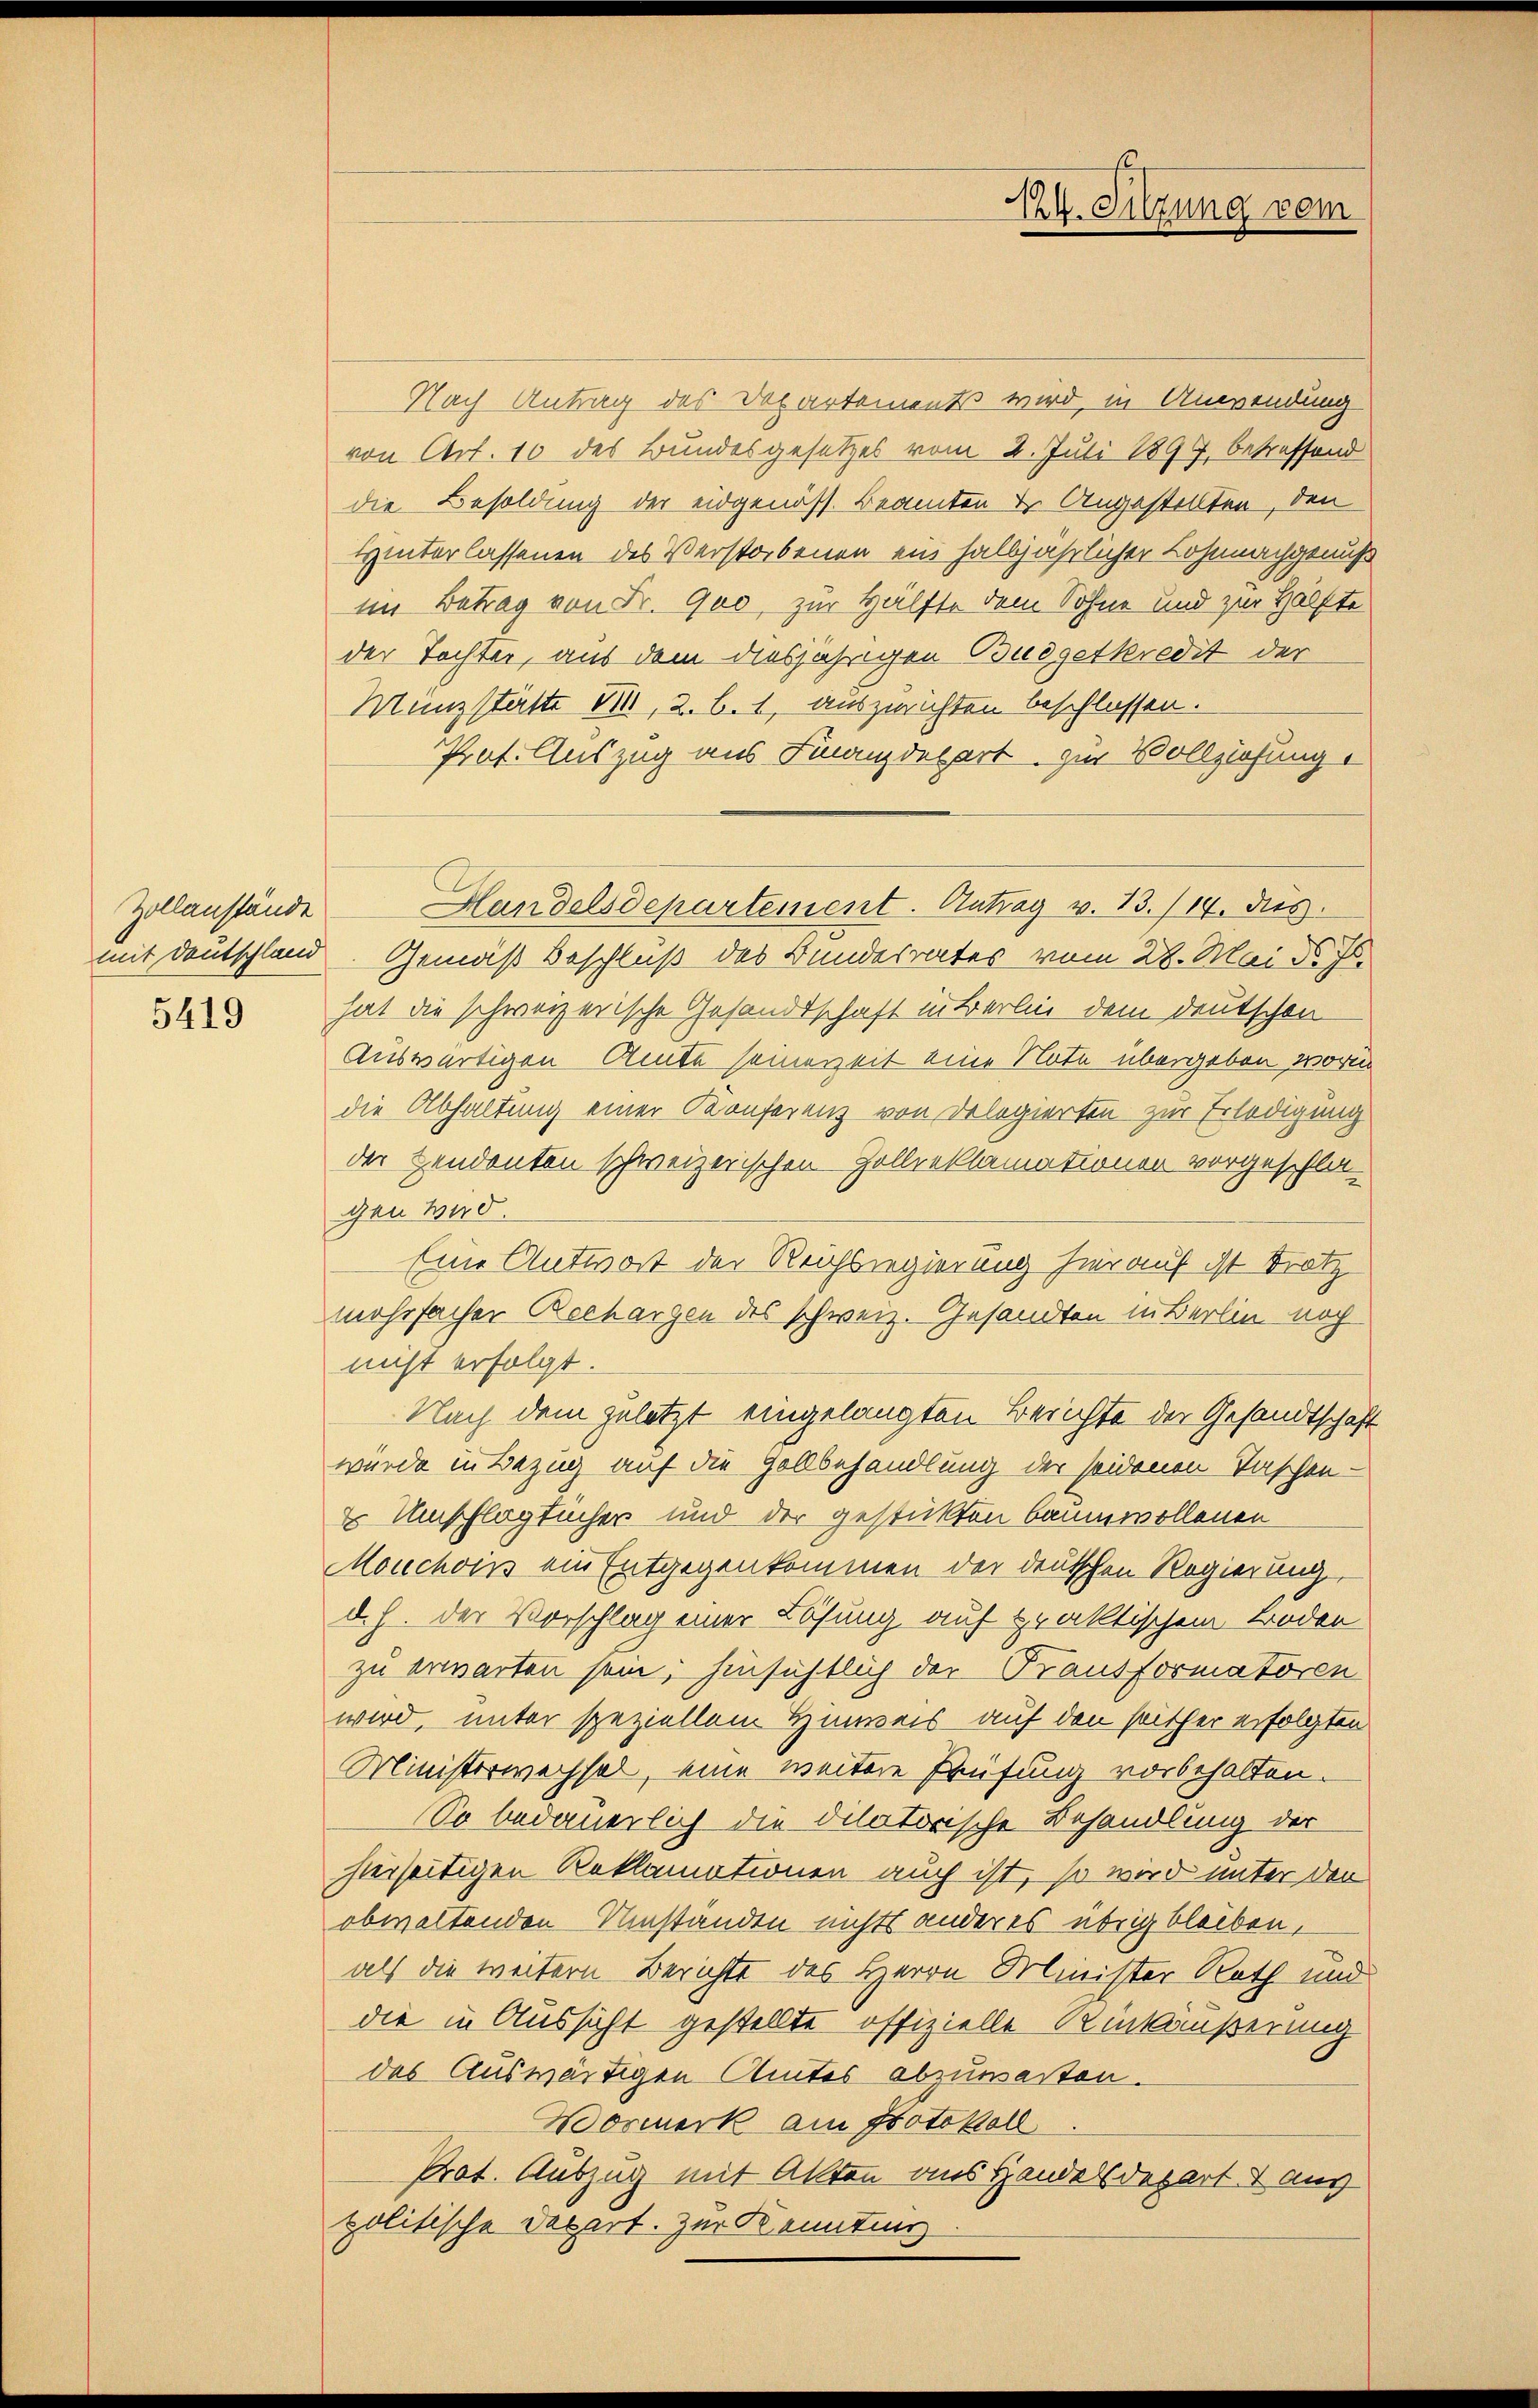
Zollanstände
mit Deutschland

5419

XV. Sitzung vom

Nach Antrag des Departement wird, in Anwendung
von Art. 10 des Bundesgesetzes vom 2. Juli 1897, betreffend
die Besoldung der eidgenöss. Beamten u. Angestellten, den
Hinterlassenen des Verstorbenen ein halbjährlicher Lohnnachgenuß
im Betrag von Dr. Quo, zur Hälfte dem Sohne und zur Hälfte
der Tochter, aus dem diesjährigen Budgetkredit der
Münzstätte 11, 2. B. 1, auszurichten beschlossen.
Prof. Auszug aus Finanzdepart zur Vollziehung.
Gemäß Beschluß des Bundesrates vom 28. Mai d. Js.
hat die schweizerische Gesandtschaft in Berlin dem Deutschen
Auswärtigen Amte seinerzeit eine Note übergeben worin
die Abhaltung einer Konferenz von Delegierten zur Erledigung
der Zendenten schweizerischen Zollreklamationen vorgeschla-
gen wird.
Eine Antwort der Reichsregierung hierauf ist Trotz
mehrfacher Rechargen des schweiz. Gesandten in Berlin noch
nicht erfolgt.
Nach dem geletzt eingelangten Berichte der Gesandtschaft
wurde in Bezug auf die Gollbehandlung der seidenen Taschen-
 Umschlagtücher und der gestickten baumwollenen
Mouchoin ein Entgegenkommen der deutschen Regierung,
d. h. der Vorschlag einer Lösung auf praktischem Boden
zu erwarten sein; hinsichtlich der Fransformatoren
wird, unter speziellem Hinweis auf den seither erfolgten
Ministerwechsel, eine weitere Prüfung vorbehalten.
So bedauerlich die dilatorische Behandlung der
hierseitigen Reklamationen auch ist, so wird unter den
obwaltenden Umständen nichts anderes übrig bleiben,
als die weitern Berichte des Herrn Minister Roth und
die in Aussicht gestellte offizielle Umkäußerung
des Auswärtigen Amtes abzuwarten.
Wormerk am Protokoll
Prot. Auszug mit Allten aus Handeldegart 7 aus
politische Depart. Zur Kenntnis

Handelsdepartement. Antrag v. 13./14. dies